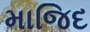
માજિદ